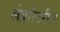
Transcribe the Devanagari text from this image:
लेब्रॉरेटरीज